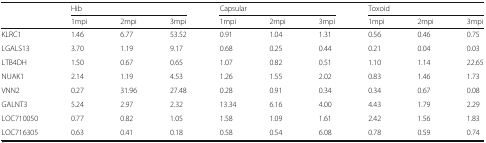
<table><thead><tr><td></td><td colspan="3"><b>Hib</b></td><td colspan="3"><b>Capsular</b></td><td colspan="3"><b>Toxoid</b></td></tr><tr><td></td><td><b>1mpi</b></td><td><b>2mpi</b></td><td><b>3mpi</b></td><td><b>1mpi</b></td><td><b>2mpi</b></td><td><b>3mpi</b></td><td><b>1mpi</b></td><td><b>2mpi</b></td><td><b>3mpi</b></td></tr></thead><tbody><tr><td>KLRC1</td><td>1.46</td><td>6.77</td><td>53.52</td><td>0.91</td><td>1.04</td><td>1.31</td><td>0.56</td><td>0.46</td><td>0.75</td></tr><tr><td>LGALS13</td><td>3.70</td><td>1.19</td><td>9.17</td><td>0.68</td><td>0.25</td><td>0.44</td><td>0.21</td><td>0.04</td><td>0.03</td></tr><tr><td>LTB4DH</td><td>1.50</td><td>0.67</td><td>0.65</td><td>1.07</td><td>0.82</td><td>0.51</td><td>1.10</td><td>1.14</td><td>22.65</td></tr><tr><td>NUAK1</td><td>2.14</td><td>1.19</td><td>4.53</td><td>1.26</td><td>1.55</td><td>2.02</td><td>0.83</td><td>1.46</td><td>1.73</td></tr><tr><td>VNN2</td><td>0.27</td><td>31.96</td><td>27.48</td><td>0.28</td><td>0.91</td><td>0.34</td><td>0.34</td><td>0.67</td><td>0.08</td></tr><tr><td>GALNT3</td><td>5.24</td><td>2.97</td><td>2.32</td><td>13.34</td><td>6.16</td><td>4.00</td><td>4.43</td><td>1.79</td><td>2.29</td></tr><tr><td>LOC710050</td><td>0.77</td><td>0.82</td><td>1.05</td><td>1.58</td><td>1.09</td><td>1.61</td><td>2.42</td><td>1.56</td><td>1.83</td></tr><tr><td>LOC716305</td><td>0.63</td><td>0.41</td><td>0.18</td><td>0.58</td><td>0.54</td><td>6.08</td><td>0.78</td><td>0.59</td><td>0.74</td></tr></tbody></table>